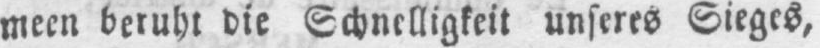
meen beruht die Schnelligkeit unseres Sieges,